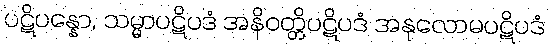
ပဋိပန္နော, သမ္မာပဋိပဒံ အနိဝတ္တိပဋိပဒံ အနုလောမပဋိပဒံ